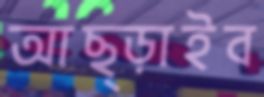
আছ্‌ড়াইব